Vaccination in Bombay 1856-1862 - 1856-1862
Year: 1856
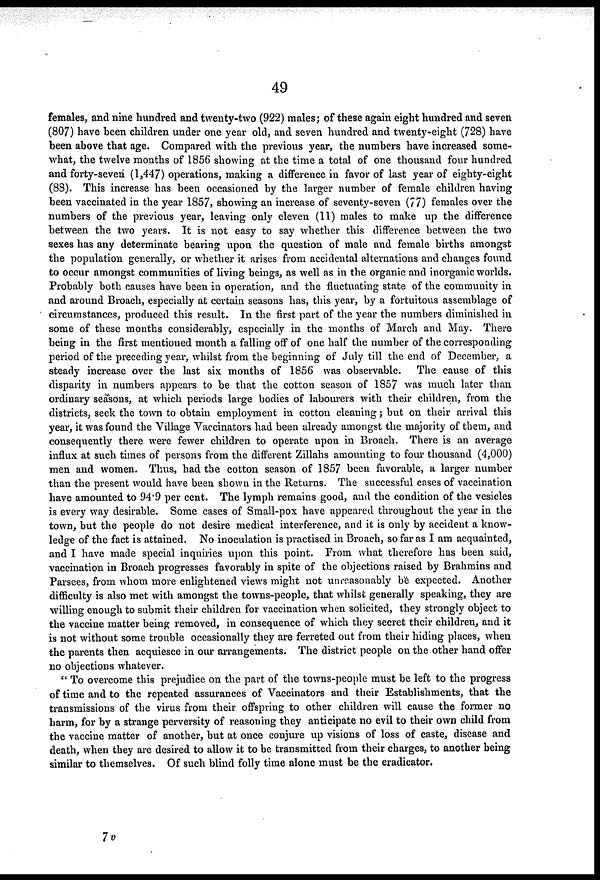
49
females, and nine hundred and twenty-two (922) males; of these again eight hundred and seven
(807) have been children under one year old, and seven hundred and twenty-eight (728) have
been above that age. Compared with the previous year, the numbers have increased some-
what, the twelve months of 1856 showing at the time a total of one thousand four hundred
and forty-seven (1,447) operations, making a difference in favor of last year of eighty-eight
(88). This increase has been occasioned by the larger number of female children having
been vaccinated in the year 1857, showing an increase of seventy-seven (77) females over the
numbers of the previous year, leaving only eleven (11) males to make up the difference
between the two years. It is not easy to say whether this difference between the two
sexes has any determinate bearing upon the question of male and female births amongst
the population generally, or whether it arises from accidental alternations and changes found
to occur amongst communities of living beings, as well as in the organic and inorganic worlds.
Probably both causes have been in operation, and the fluctuating state of the community in
and around Broach, especially at certain seasons has, this year, by a fortuitous assemblage of
circumstances, produced this result. In the first part of the year the numbers diminished in
some of these months considerably, especially in the months of March and May. There
being in the first mentioned month a falling off of one half the number of the corresponding
period of the preceding year, whilst from the beginning of July till the end of December, a
steady increase over the last six months of 1856 was observable. The cause of this
disparity in numbers appears to be that the cotton season of 1857 was much later than
ordinary seasons, at which periods large bodies of labourers with their children, from the
districts, seek the town to obtain employment in cotton cleaning; but on their arrival this
year, it was found the Village Vaccinators had been already amongst the majority of them, and
consequently there were fewer children to operate upon in Broach. There is an average
influx at such times of persons from the different Zillahs amounting to four thousand (4,000)
men and women. Thus, had the cotton season of 1857 been favorable, a larger number
than the present would have been shown in the Returns. The successful cases of vaccination
have amounted to 94.9 per cent. The lymph remains good, and the condition of the vesicles
is every way desirable. Some cases of Small-pox have appeared throughout the year in the
town, but the people do not desire medical interference, and it is only by accident a know-
ledge of the fact is attained. No inoculation is practised in Broach, so far as I am acquainted,
and I have made special inquiries upon this point. From what therefore has been said,
vaccination in Broach progresses favorably in spite of the objections raised by Brahmins and
Parsees, from whom more enlightened views might not unreasonably be expected. Another
difficulty is also met with amongst the towns-people, that whilst generally speaking, they are
willing enough to submit their children for vaccination when solicited, they strongly object to
the vaccine matter being removed, in consequence of which they secret their children, and it
is not without some trouble occasionally they are ferreted out from their hiding places, when
the parents then acquiesce in our arrangements. The district people on the other hand offer
no objections whatever.
" To overcome this prejudice on the part of the towns-people must be left to the progress
of time and to the repeated assurances of Vaccinators and their Establishments, that the
transmissions of the virus from their offspring to other children will cause the former no
harm, for by a strange perversity of reasoning they anticipate no evil to their own child from
the vaccine matter of another, but at once conjure up visions of loss of caste, disease and
death, when they are desired to allow it to be transmitted from their charges, to another being
similar to themselves. Of such blind folly time alone must be the eradicator.
7v